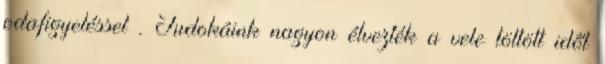
odafigyeléssel . Judokáink nagyon élvezték a vele töltött időt